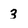
Character: 3